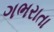
ગભરાતા